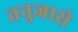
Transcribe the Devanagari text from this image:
तनुजासे